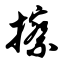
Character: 擦